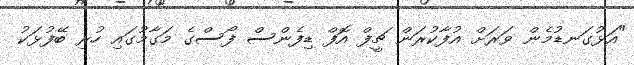
"އަޅުގަނޑުމެން ވަރަށް އުފާކުރަން ޗީފް އޮފް ޑިފެންސް ފޯސްގެ މަގާމުގައި ހުރި ބޭފުޅަކު